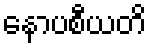
နောပစီယတိ